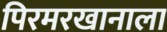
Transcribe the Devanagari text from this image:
पिरमरखानाला